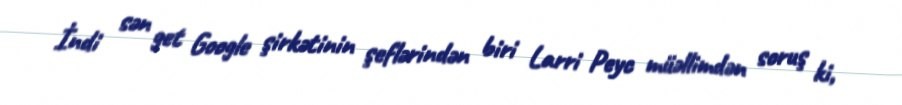
İndi sən get Google şirkətinin şeflərindən biri Larri Peyc müəllimdən soruş ki,